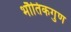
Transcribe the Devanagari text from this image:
भौतिकगुण